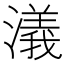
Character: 𣿭